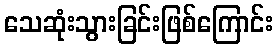
သေဆုံးသွားခြင်းဖြစ်ကြောင်း